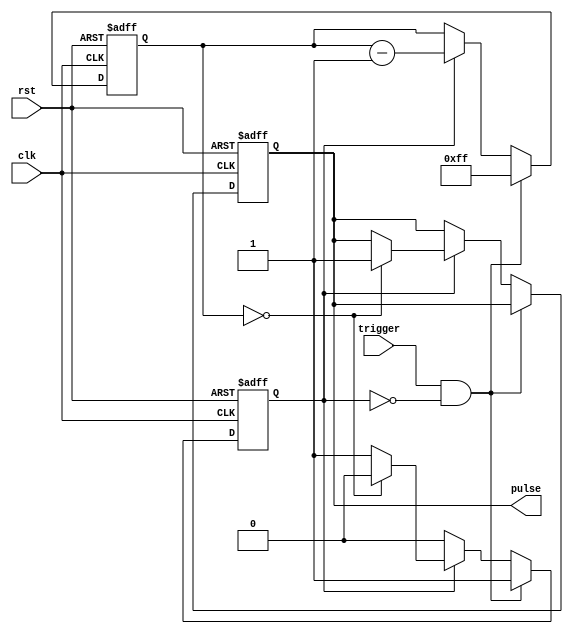
module OneShotTimer (
    input trigger,
    input clk,
    input rst,
    output reg pulse
);

reg [7:0] counter;
reg timer_running;

always @(posedge clk or posedge rst) begin
    if (rst) begin
        counter <= 8'h00;
        timer_running <= 1'b0;
        pulse <= 1'b0;
    end else begin
        if (trigger && !timer_running) begin
            counter <= 8'hFF; // Predetermined value for timer duration
            timer_running <= 1'b1;
        end else if (timer_running) begin
            counter <= counter - 1;
            if (counter == 0) begin
                pulse <= 1'b1; // Generate pulse output
                timer_running <= 1'b0;
            end
        end
    end
end

endmodule